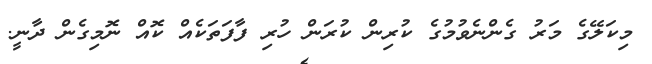
މިކަލޭގެ މަރު ގެންނެވުމުގެ ކުރިން ކުރަން ހުރި ފާފަތަކެއް ކޮއް ނޮމިގެން ދާނީ.